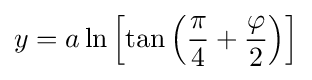
y=a\ln \left[\tan \left({\frac {\pi }{4}}+{\frac {\varphi }{2}}\right)\right]